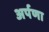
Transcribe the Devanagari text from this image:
अर्पणा